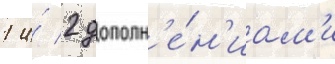
1 и́ 2 дополн'е́н'иам'и